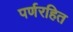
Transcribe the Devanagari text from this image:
पर्णरहित